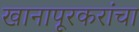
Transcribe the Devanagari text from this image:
खानापूरकरांचा